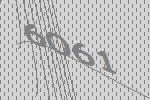
6061